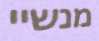
מנשיי